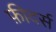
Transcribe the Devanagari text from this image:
फ़ीदर्स